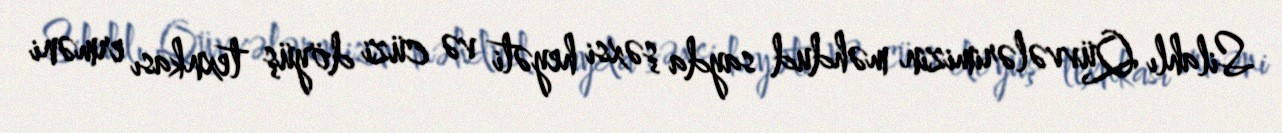
Silahlı Qüvvələrimizin məhdud sayda şəxsi heyəti və cüzi döyüş texnkası erməni